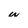
Character: w